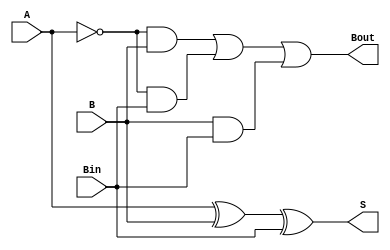
module FullSubtractor (
    input A, B, Bin,
    output reg S, Bout
);

always @(*) begin
    S = A ^ B ^ Bin;
    Bout = (~A & B) | (~A & Bin) | (B & Bin);
end

endmodule